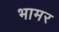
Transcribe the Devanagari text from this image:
भामर